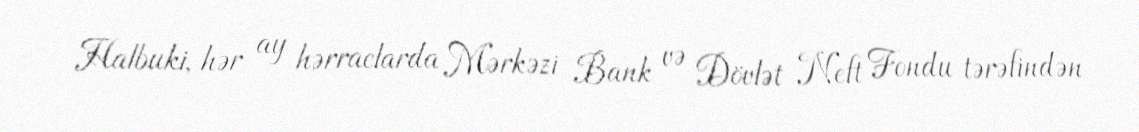
Halbuki, hər ay hərraclarda Mərkəzi Bank və Dövlət Neft Fondu tərəfindən